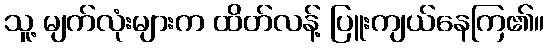
သူ့ မျက်လုံးများက ထိတ်လန့် ပြူးကျယ်နေကြ၏။